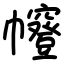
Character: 㡧